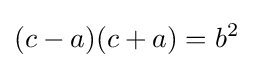
(c-a)(c+a)=b^{2}